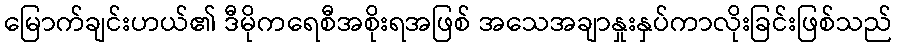
မြောက်ချင်းဟယ်၏ ဒီမိုကရေစီအစိုးရအဖြစ် အသေအချာနှုးနှပ်ကာလိုးခြင်းဖြစ်သည်